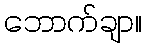
ဘောက်ချာ။